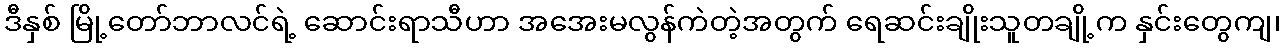
ဒီနှစ် မြို့တော်ဘာလင်ရဲ့ ဆောင်းရာသီဟာ အအေးမလွန်ကဲတဲ့အတွက် ရေဆင်းချိုးသူတချို့က နှင်းတွေကျ၊